Vaccination in the Punjab 1905-1918 - 1905-1918
Year: 1905
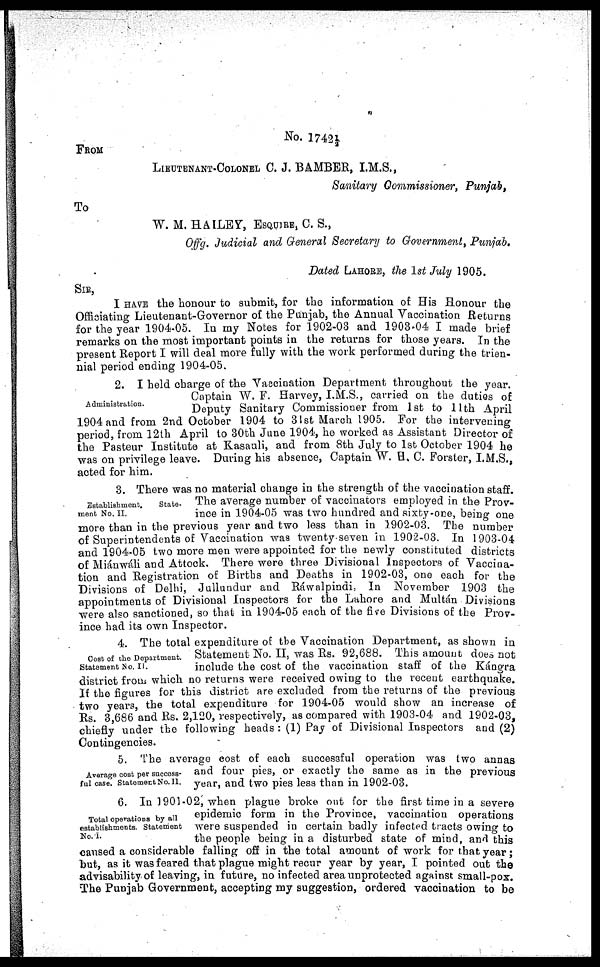
No. 1742½.
FROM
LIEUTENANT-COLONEL C. J. BAMBER, I.M.S.,
Sanitary Commissioner, Punjab,
To
W. M. HAILEY, ESQUIRE, C. S.,
Offg. Judicial and General Secretary to Government, Punjab.
Dated LAHORE, the 1st July 1905.
SIR,
I HAVE the honour to submit, for the information of His Honour the
Officiating Lieutenant-Governor of the Punjab, the Annual Vaccination Returns
for the year 1904-05. In my Notes for 1902-03 and 1903-04 I made brief
remarks on the most important points in the returns for those years. In the
present Report I will deal more fully with the work performed during the trien-
nial period ending 1904-05.
Administration.
2. I held charge of the Vaccination Department throughout the year.
Captain W. F. Harvey, I.M.S., carried on the duties of
Deputy Sanitary Commissioner from 1st to 11th April
1904 and from 2nd October 1904 to 31st March 1905. For the intervening
period, from 12th April to 30th June 1904, he worked as Assistant Director of
the Pasteur Institute at Kasauli, and from 8th July to 1st October 1904 he
was on privilege leave. During his absence, Captain W. H. C. Forster, I.M.S.,
acted for him.
Establishment.
State-
ment No. II.
3. There was no material change in the strength of the vaccination staff.
The average number of vaccinators employed in the Prov-
ince in 1904-05 was two hundred and sixty-one, being one
more than in the previous year and two less than in 1902-03. The number
of Superintendents of Vaccination was twenty-seven in 1902-03. In 1903-04
and 1904-05 two more men were appointed for the newly constituted districts
of Miánwáli and Attock. There were three Divisional Inspectors of Vaccina-
tion and Registration of Births and Deaths in 1902-03, one each for the
Divisions of Delhi, Jullundur and Rawalpindi. In November 1903 the
appointments of Divisional Inspectors for the Lahore and Multán Divisions
were also sanctioned, so that in 1904-05 each of the five Divisions of the Prov-
ince had its own Inspector.
Cost of the Department.
Statement No. II.
4. The total expenditure of the Vaccination Department, as shown in
Statement No. II, was Rs. 92,688. This amount does not
include the cost of the vaccination staff of the Kángra
district from which no returns were received owing to the recent earthquake.
If the figures for this district are excluded from the returns of the previous
two years, the total expenditure for 1904-05 would show an increase of
Rs. 3,686 and Rs. 2,120, respectively, as compared with 1903-04 and 1902-03,
chiefly under the following heads : (1) Pay of Divisional Inspectors and (2)
Contingencies.
Average cost per success-
ful case. Statement No.II.
5. The average cost of each successful operation was two annas
and four pies, or exactly the same as in the previous
year, and two pies less than in 1902-03.
Total operations by all
establishments. Statement
No. I.
6. In 1901-02, when plague broke out for the first time in a severe
epidemic form in the Province, vaccination operations
were suspended in certain badly infected tracts owing to
the people being in a disturbed state of mind, and this
caused a considerable falling off in the total amount of work for that year;
but, as it was feared that plague might recur year by year, I pointed out the
advisability of leaving, in future, no infected area unprotected against small-pox.
The Punjab Government, accepting my suggestion, ordered vaccination to be